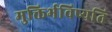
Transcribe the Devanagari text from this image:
मुक्तिर्भविष्यति